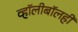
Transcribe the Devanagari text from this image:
व्हॉलीबॉलही